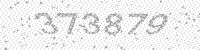
Solution: 373879